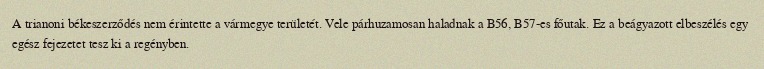
A trianoni békeszerződés nem érintette a vármegye területét. Vele párhuzamosan haladnak a B56, B57-es főutak. Ez a beágyazott elbeszélés egy egész fejezetet tesz ki a regényben.